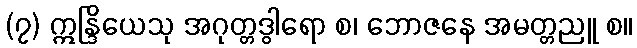
(၇) ဣန္ဒြိယေသု အဂုတ္တဒွါရော စ၊ ဘောဇနေ အမတ္တညူ စ။